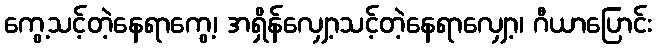
ကွေ့သင့်တဲ့နေရာကွေ့၊ အရှိန်လျှော့သင့်တဲ့နေရာလျှော့၊ ဂီယာပြောင်း